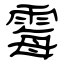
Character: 霉